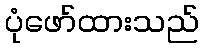
ပုံဖော်ထားသည်